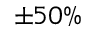
\pm 5 0 \%